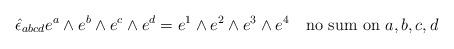
LaTeX: \begin{align*}\hat{\epsilon}_{abcd} e^a \wedge e^b \wedge e^c \wedge e^d = e^1 \wedge e^2\wedge e^3 \wedge e^4 ~~~{\rm no~sum~on}~a,b,c,d\end{align*}